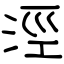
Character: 涇